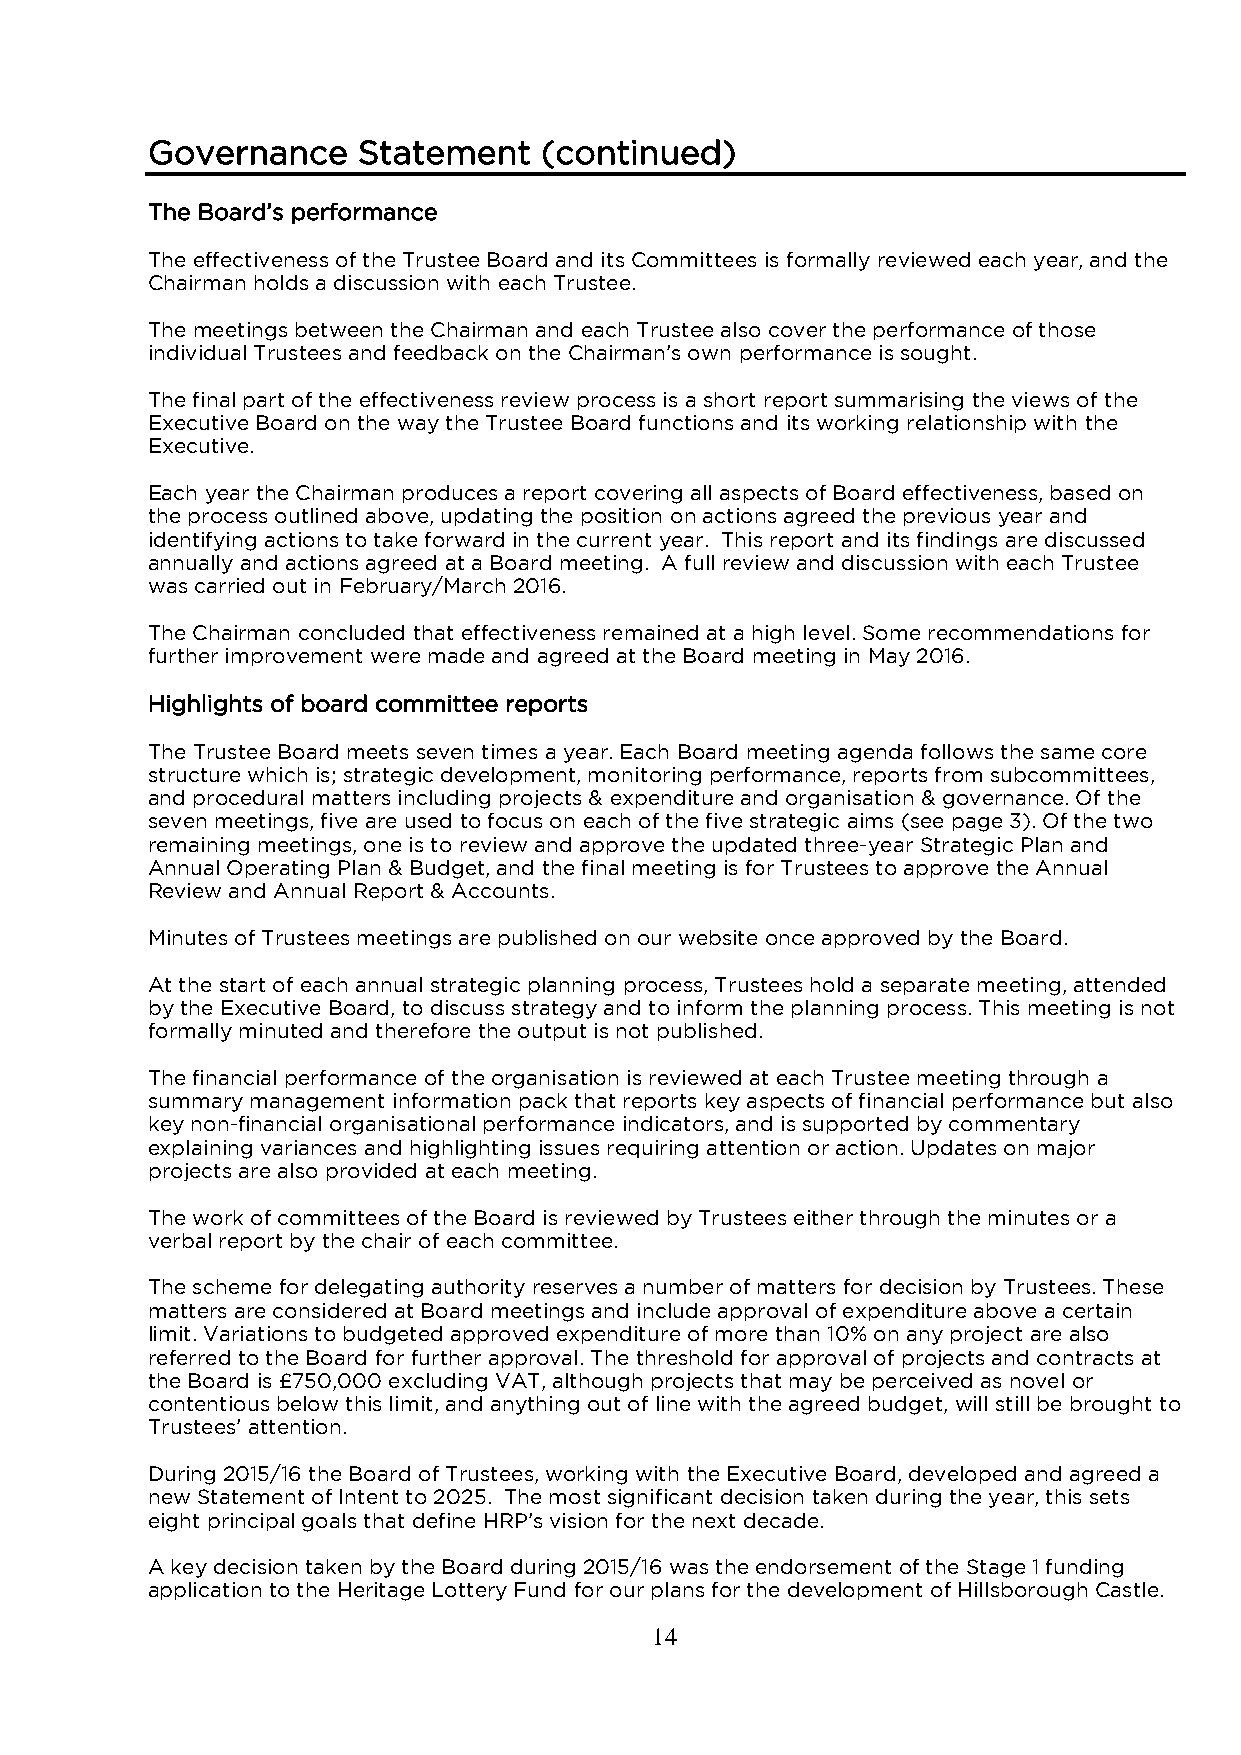
Governance    Statement   (continued)
 The Board’s performance
 The effectiveness of the Trustee Board and its Committees is formally reviewed each year, and the
 Chairman holds a discussion with each Trustee.
 The meetings between the Chairman and each Trustee also cover the performance of those
 individual Trustees and feedback on the Chairman’s own performance is sought.
 The final part of the effectiveness review process is a short report summarising the views of the
 Executive Board on the way the Trustee Board functions and its working relationship with the
 Executive.
 Each year the Chairman produces a report covering all aspects of Board effectiveness, based on
 the process outlined above, updating the position on actions agreed the previous year and
 identifying actions to take forward in the current year. This report and its findings are discussed
 annually and actions agreed at a Board meeting. A full review and discussion with each Trustee
 was carried out in February/March 2016.
 The Chairman concluded that effectiveness remained at a high level. Some recommendations for
 further improvement were made and agreed at the Board meeting in May 2016.
 Highlights of board committee reports
 The Trustee Board meets seven times a year. Each Board meeting agenda follows the same core
 structure which is; strategic development, monitoring performance, reports from subcommittees,
 and procedural matters including projects & expenditure and organisation & governance. Of the
 seven meetings, five are used to focus on each of the five strategic aims (see page 3). Of the two
 remaining meetings, one is to review and approve the updated three-year Strategic Plan and
 Annual Operating Plan & Budget, and the final meeting is for Trustees to approve the Annual
 Review and Annual Report & Accounts.
 Minutes of Trustees meetings are published on our website once approved by the Board.
 At the start of each annual strategic planning process, Trustees hold a separate meeting, attended
 by the Executive Board, to discuss strategy and to inform the planning process. This meeting is not
 formally minuted and therefore the output is not published.
 The financial performance of the organisation is reviewed at each Trustee meeting through a
 summary management information pack that reports key aspects of financial performance but also
 key non-financial organisational performance indicators, and is supported by commentary
 explaining variances and highlighting issues requiring attention or action. Updates on major
 projects are also provided at each meeting.
 The work of committees of the Board is reviewed by Trustees either through the minutes or a
 verbal report by the chair of each committee.
 The scheme for delegating authority reserves a number of matters for decision by Trustees. These
 matters are considered at Board meetings and include approval of expenditure above a certain
 limit. Variations to budgeted approved expenditure of more than 10% on any project are also
 referred to the Board for further approval. The threshold for approval of projects and contracts at
 the Board is £750,000 excluding VAT, although projects that may be perceived as novel or
 contentious below this limit, and anything out of line with the agreed budget, will still be brought to
 Trustees’ attention.
 During 2015/16 the Board of Trustees, working with the Executive Board, developed and agreed a
 new Statement of Intent to 2025. The most significant decision taken during the year, this sets
 eight principal goals that define HRP’s vision for the next decade.
 A key decision taken by the Board during 2015/16 was the endorsement of the Stage 1 funding
 application to the Heritage Lottery Fund for our plans for the development of Hillsborough Castle.
 14